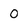
Character: 0